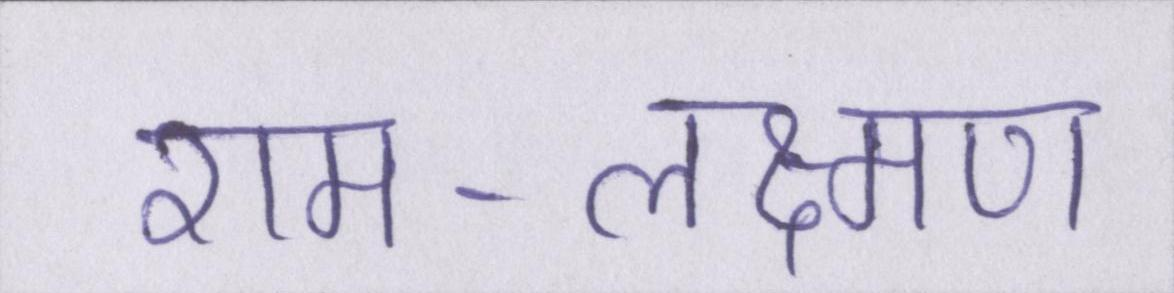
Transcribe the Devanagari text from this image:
राम-लक्ष्मण